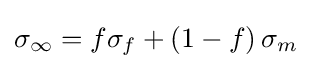
\sigma _{\infty }=f\sigma _{f}+\left(1-f\right)\sigma _{m}